Vaccination report Assam 1874-1896 - 1874-1896
Year: 1874
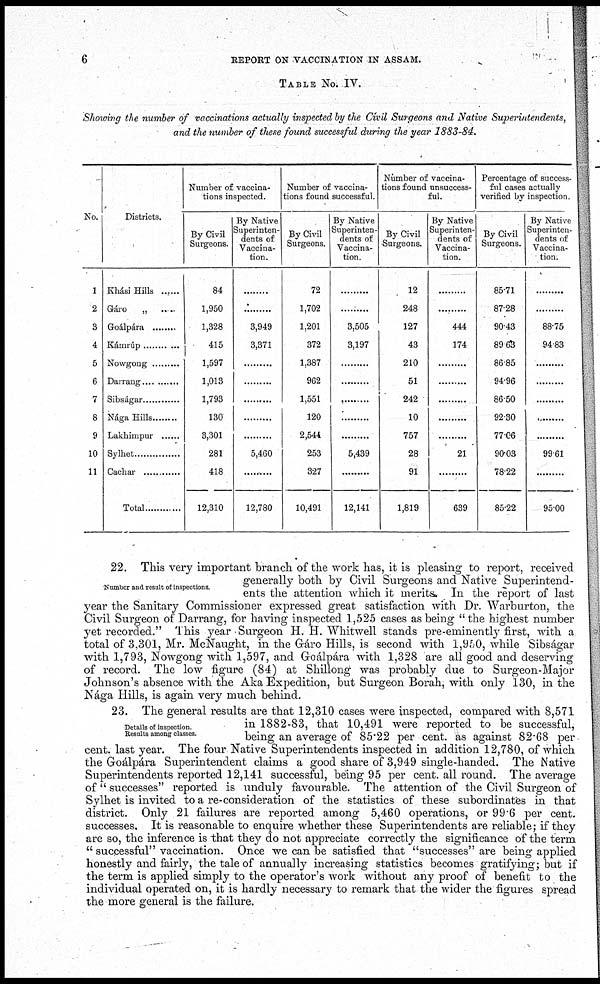
6
REPORT ON VACCINATION IN ASSAM.
TABLE NO. IV.
Showing the number of vaccinations actually inspected by the Civil Surgeons and Native Superintendents,
and the number of these found successful during the year 1883-84.
No.
1
2
3
4
5
6
7
8
9
10
11
Districts.
Khási Hills
Gáro „ .......
Goálpára .........
Kámrúp .............
Nowgong ...........
Darrang ...........
Sibságar ............
Nága Hills .........
Lakhimpur ........
Sylhet ............
Cachar ...........
Total
Number of vaccina-
tions inspected.
By Civil
Surgeons.
84
1,950
1,328
415
1,597
1,013
1,793
130
3,301
281
418
12,310
By Native
Superinten-
dents of
Vaccina-
tion.
.........
.........
3,949
3,371
.........
.........
.........
.........
.........
5,460
.........
12,780
Number of vaccina-
tions found successful.
By Civil
Surgeons.
72
1,702
1,201
372
1,387
962
1,551
120
2,544
253
327
10,491
By Native
Superinten-
dents of
Vaccina-
tion.
.........
.........
3,505
3,197
.........
.........
.........
.........
.........
5,439
.........
12,141
Number of vaccina-
tions found unsuccess-
ful.
By Civil
Surgeons.
12
248
127
43
210
51
242
10
757
28
91
1,819
By Native
Superinten-
dents of
Vaccina-
tion.
.........
.........
444
174
.........
.........
.........
.........
.........
21
.........
639
Percentage of success-
ful cases actually
verified by inspection.
By Civil
Surgeons.
85.71
87.28
90.43
89.63
8685
94.96
86.50
92.30
77.06
90.03
78.22
85.22
By Native
Superinten-
dents of
Vaccina-
tion.
.........
.........
88.75
94.83
.........
.........
.........
.........
.........
99.61
.........
95.00
Number and result of inspections.
22. This very important branch of the work has, it is pleasing to report, received
generally both by Civil Surgeons and Native Superintend-
ents the attention which it merits. In the report of last
year the Sanitary Commissioner expressed great satisfaction with Dr. Warburton, the
Civil Surgeon of Darrang, for having inspected 1,525 cases as being " the highest number
yet recorded." This year Surgeon H. H. Whitwell stands pre-eminently first, with a
total of 3,301, Mr. McNaught, in the Gáro Hills, is second with 1,950, while Sibságar
with 1,793, Nowgong with 1,597, and Goálpára with 1,328 are all good and deserving
of record. The low figure (84) at Shillong was probably due to Surgeon-Major
Johnson's absence with the Aka Expedition, but Surgeon Borah, with only 130, in the
Nága Hills, is again very much behind.
Details of inspection
Results among classes.
23. The general results are that 12,310 cases were inspected, compared with 8,571
in 1882-83, that 10,491 were reported to be successful,
being an average of 85.22 per cent. as against 82.68 per
cent. last year. The four Native Superintendents inspected in addition 12,780, of which
the Goálpára Superintendent claims a good share of 3,949 single-handed. The Native
Superintendents reported 12,141 successful, being 95 per cent. all round. The average
of " successes" reported is unduly favourable. The attention of the Civil Surgeon of
Sylhet is invited to a re-consideration of the statistics of these subordinates in that
district. Only 21 failures are reported among 5,460 operations, or 99.6 per cent.
successes. It is reasonable to enquire whether these Superintendents are reliable; if they
are so, the inference is that they do not appreciate correctly the significance of the term
" successful" vaccination. Once we can be satisfied that "successes" are being applied
honestly and fairly, the tale of annually increasing statistics becomes gratifying; but if
the term is applied simply to the operator's work without any proof of benefit to the
individual operated on, it is hardly necessary to remark that the wider the figures spread
the more general is the failure.